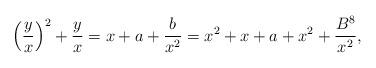
LaTeX: \begin{align*}\left( \frac{y}{x} \right)^2 + \frac{y}{x} = x + a + \frac{b}{x^2}= x^2 + x + a + x^2 + \frac{B^8}{x^2},\end{align*}